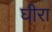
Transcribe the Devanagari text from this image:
घीरा